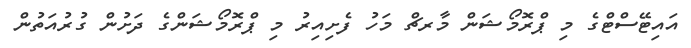
އައިިޓޭސްޓްގެ މި ޕްރޮމޯޝަން މާރޗް މަހު ފެށިއިރު މި ޕްރޮމޯޝަންގެ ދަށުން ގުރުއަތުން